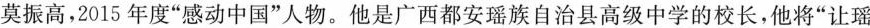
莫振高，2015年度”感动中国”人物。他是广西都安瑶族自治县高级中学的校长，他将”让瑶